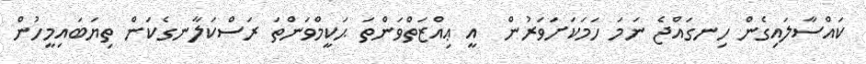
ކައްސާލައިގެން ހިނގައްޖެ ނަމަ ހަމަކަށަވަރުން  އީ ޢިއްޒަތްވަންތަ ޙަކީމްވަންތަ ރަސްކަލާނގެކަން ތިޔަބައިމީހުން